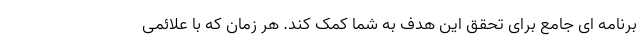
برنامه ای جامع برای تحقق این هدف به شما کمک کند. هر زمان که با علائمی